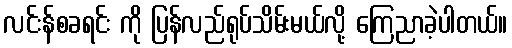
လင်းန်စခရင်း ကို ပြန်လည်ရုပ်သိမ်းမယ်လို့ ကြေညာခဲ့ပါတယ်။